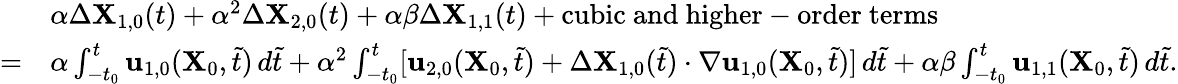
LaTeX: \begin{array}{rl}&{\alpha\Delta\mathbf{X}_{1,0}(t)+\alpha^{2}\Delta\mathbf{X}_{2,0}(t)+\alpha\beta\Delta\mathbf{X}_{1,1}(t)+\mathrm{cubic~and~higher-order~terms}}\\ {=}&{\alpha\int_{-t_{0}}^{t}\mathbf{u}_{1,0}(\mathbf{X}_{0},\tilde{t})\, d\tilde{t}+\alpha^{2}\int_{-t_{0}}^{t}[\mathbf{u}_{2,0}(\mathbf{X}_{0},\tilde{t})+\Delta\mathbf{X}_{1,0}(\tilde{t})\cdot\nabla\mathbf{u}_{1,0}(\mathbf{X}_{0},\tilde{t})]\, d\tilde{t}+\alpha\beta\int_{-t_{0}}^{t}\mathbf{u}_{1,1}(\mathbf{X}_{0},\tilde{t})\, d\tilde{t}.}\end{array}